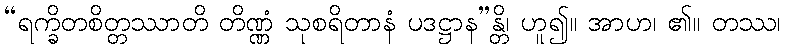
“ရက္ခိတစိတ္တဿာတိ တိဏ္ဏံ သုစရိတာနံ ပဒဋ္ဌာန”န္တိ၊ ဟူ၍။ အာဟ၊ ၏။ တဿ၊